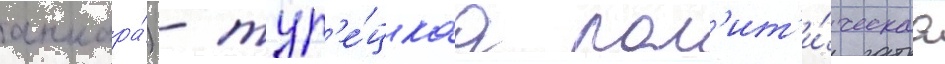
анкара́) - тур'е́цкаа пол'ит'и́ческаа